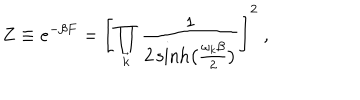
LaTeX: Z \equiv e ^ { - \beta F } = \Biggl [ \prod _ { \vec { k } } { \frac { 1 } { 2 \sinh \bigl ( { \frac { \omega _ { k } \beta } { 2 } } \bigr ) } } \Biggr ] ^ { 2 } \ ,